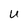
Character: U